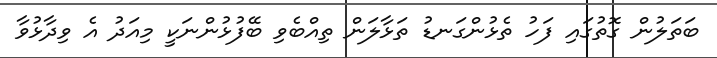
ބަތަލުން ގޮތުގައި ފަހު ތެޅުންގަނޑު ތަޅާލަން ތިއްބެވި ބޭފުޅުންނަކީ މިއަދު އެ ވިދާޅުވާ